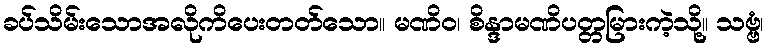
ခပ်သိမ်းသောအလိုကိပေးတတ်သော။ မဏိဝ၊ စိန္ဒာမဏိပတ္တမြားကဲ့သို့။ သဗ္ဗံ၊